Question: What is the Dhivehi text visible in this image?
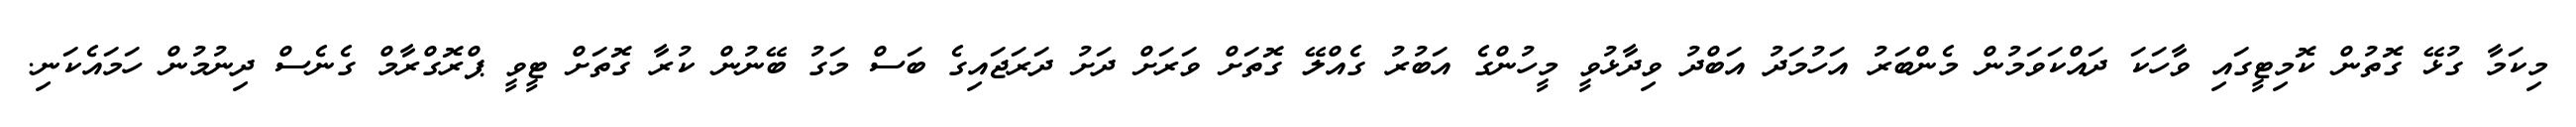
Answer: މިކަމާ ގުޅޭ ގޮތުން ކޮމިޓީގައި ވާހަކަ ދައްކަވަމުން މެންބަރު އަހުމަދު އަބްދު ވިދާޅުވީ މީހުންގެ އަބުރު ގެއްލޭ ގޮތަށް ވަރަށް ދަށު ދަރަޖައިގެ ބަސް މަގު ބޭނުން ކުރާ ގޮތަށް ޓީވީ ޕްރޮގްރާމް ގެނެސް ދިނުމުން ހަމައެކަނި.